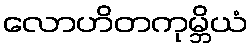
လောဟိတကုမ္ဘိယံ